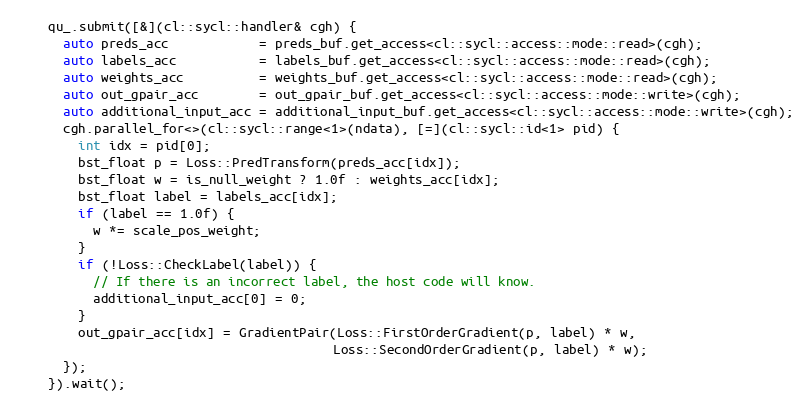
Language: C++
    qu_.submit([&](cl::sycl::handler& cgh) {
      auto preds_acc            = preds_buf.get_access<cl::sycl::access::mode::read>(cgh);
      auto labels_acc           = labels_buf.get_access<cl::sycl::access::mode::read>(cgh);
      auto weights_acc          = weights_buf.get_access<cl::sycl::access::mode::read>(cgh);
      auto out_gpair_acc        = out_gpair_buf.get_access<cl::sycl::access::mode::write>(cgh);
      auto additional_input_acc = additional_input_buf.get_access<cl::sycl::access::mode::write>(cgh);
      cgh.parallel_for<>(cl::sycl::range<1>(ndata), [=](cl::sycl::id<1> pid) {
        int idx = pid[0];
        bst_float p = Loss::PredTransform(preds_acc[idx]);
        bst_float w = is_null_weight ? 1.0f : weights_acc[idx];
        bst_float label = labels_acc[idx];
        if (label == 1.0f) {
          w *= scale_pos_weight;
        }
        if (!Loss::CheckLabel(label)) {
          // If there is an incorrect label, the host code will know.
          additional_input_acc[0] = 0;
        }
        out_gpair_acc[idx] = GradientPair(Loss::FirstOrderGradient(p, label) * w,
                                          Loss::SecondOrderGradient(p, label) * w);
      });
    }).wait();